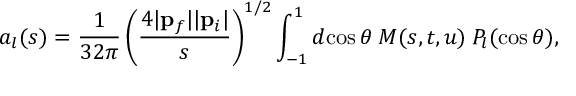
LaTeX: a _ { l } ( s ) = \frac { 1 } { 3 2 \pi } \left( \frac { 4 | { \bf p } _ { f } | | { \bf p } _ { i } | } { s } \right) ^ { 1 / 2 } \int _ { - 1 } ^ { 1 } d \! \cos \theta \: M ( s , t , u ) \: P _ { l } ( \cos \theta ) ,